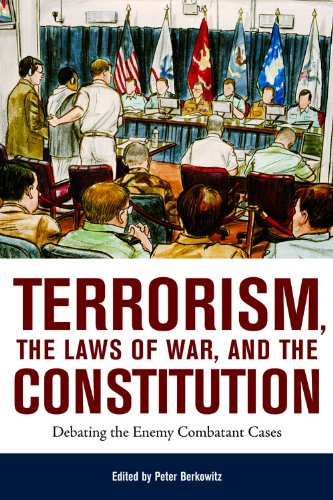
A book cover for Terrorism, the Laws of War, and the Constitution: Debating the Enemy Combatant Cases; Peter Berkowitz; Law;